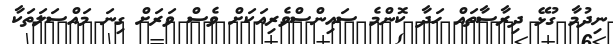
ނިދުމާ ގުޅޭ ދިރާސާތައް ހަދާ ކޮންމެ ސައިންސްވެރިއަކަށް ވެސް ވަރަށް ގިނަ މައްސަލަތަކާ